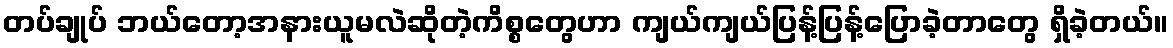
တပ်ချုပ် ဘယ်တော့အနားယူမလဲဆိုတဲ့ကိစ္စတွေဟာ ကျယ်ကျယ်ပြန့်ပြန့်ပြောခဲ့တာတွေ ရှိခဲ့တယ်။